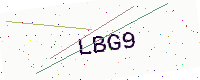
Text: LBG9